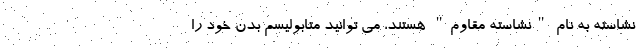
نشاسته به نام "نشاسته مقاوم" هستند، می توانید متابولیسم بدن خود را